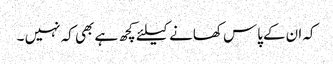
کہ ان کےپاس کھانے کیلئے کچھ ہے بھی کہ نہیں ۔